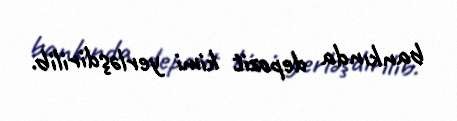
bankında depozit kimi yerləşdirilib.